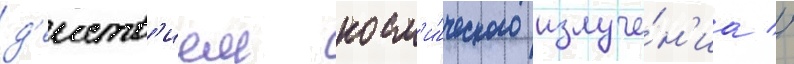
д'еиств'ием косм'и́ческого излуче́н'иа //